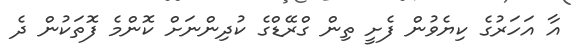
އާ އަހަރުގެ ކިޔެވުން ފެށީ ތިން ގްރޭޑްގެ ކުދިންނަށް ކޮންމެ ފޮތަކުން ދެ